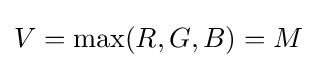
V=\max(R,G,B)=M